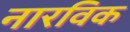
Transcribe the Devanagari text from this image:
नारविक